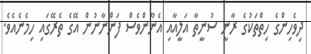
ދިވެހިންގެ ހިތްތަކުގެ ރާނީ ސުނީތާ އަލީއާއި އެނޫންވެސް ފަންނާނުން އޭގެ ތެރޭގައި ހިމެނެއެވެ.